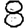
Digit: 8